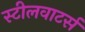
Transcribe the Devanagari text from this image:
स्टीलवाटर्स